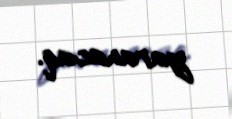
yaranacaq.